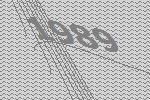
1989